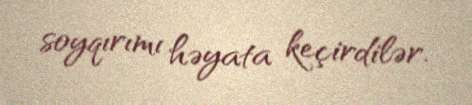
soyqırımı həyata keçirdilər.